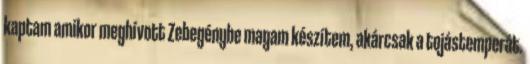
kaptam amikor meghívott Zebegénybe magam készítem, akárcsak a tojástemperát.